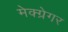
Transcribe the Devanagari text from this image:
मेक्ग्रेगर